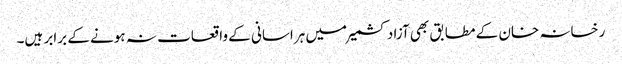
رخسانہ خان کے مطابق بھی آزاد کشمیر میں ہراسانی کے واقعات نہ ہونے کے برابر ہیں۔